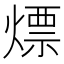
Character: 熛